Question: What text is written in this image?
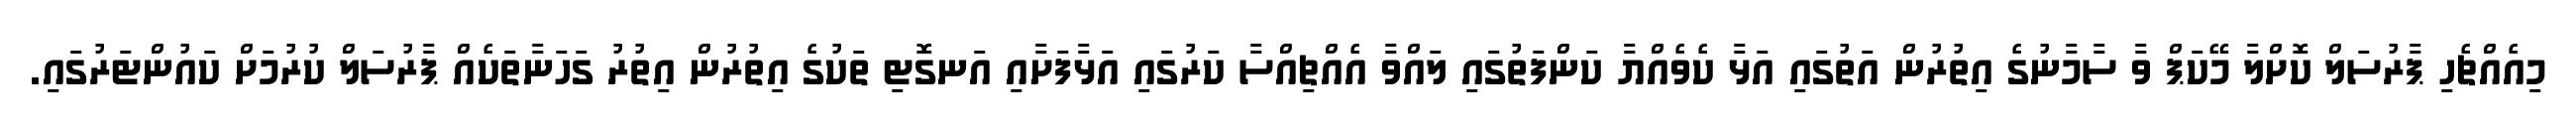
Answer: މިއެއްޗެހި ޕާރުސަލް ކޮށްލާ މޭކަޕް ވާ ސާމާނުގެ އިތުރުން އަތުގައި އަޅާ ކެވެއްޔާ ކަންފަތުގައި ލައްވާ އެއްޗިއްސާ ކަރުގައި އަޅާފަށާއި އަނގޮޓި ތަކުގެ އިތުރުން އިތުރު ގަހަނާތަކެއް ޕާރުސަލް ކުރުމަށް ކައުންޓަރުގައި.